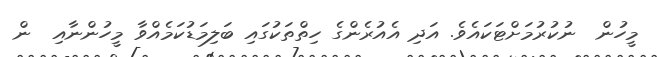
މީހުން  ނުކުރުމަށްޓަކައެވެ. އަދި އެއުރެންގެ ހިތްތަކުގައި ބަލިމަޑުކަމެއްވާ މީހުންނާއި  ން